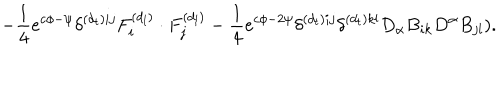
LaTeX: - \frac { 1 } { 4 } e ^ { c \phi - \psi } \delta ^ { ( d _ { t } ) i j } F _ { i } ^ { ( d _ { l } ) } \cdot F _ { j } ^ { ( d _ { l } ) } - \frac { 1 } { 4 } e ^ { c \phi - 2 \psi } \delta ^ { ( d _ { t } ) i j } \delta ^ { ( d _ { t } ) k l } D _ { \alpha } B _ { i k } D ^ { \alpha } B _ { j l } ) .